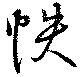
帙